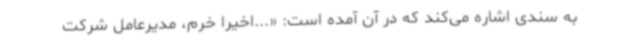
به سندی اشاره می‌کند که در آن آمده است: «...اخیرا خرم، مدیرعامل شرکت